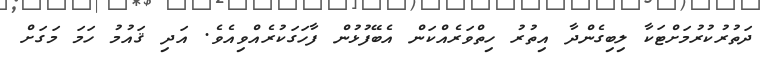
ދަތުރުކުރުމަށްޓަކާ ލިބިގެންދާ އިތުރު ހިތްވަރެއްކަން އެބޭފުޅުން ފާހަގަކުރެއްވިއެވެ. އަދި ޤައުމު ހަމަ މަގަށް